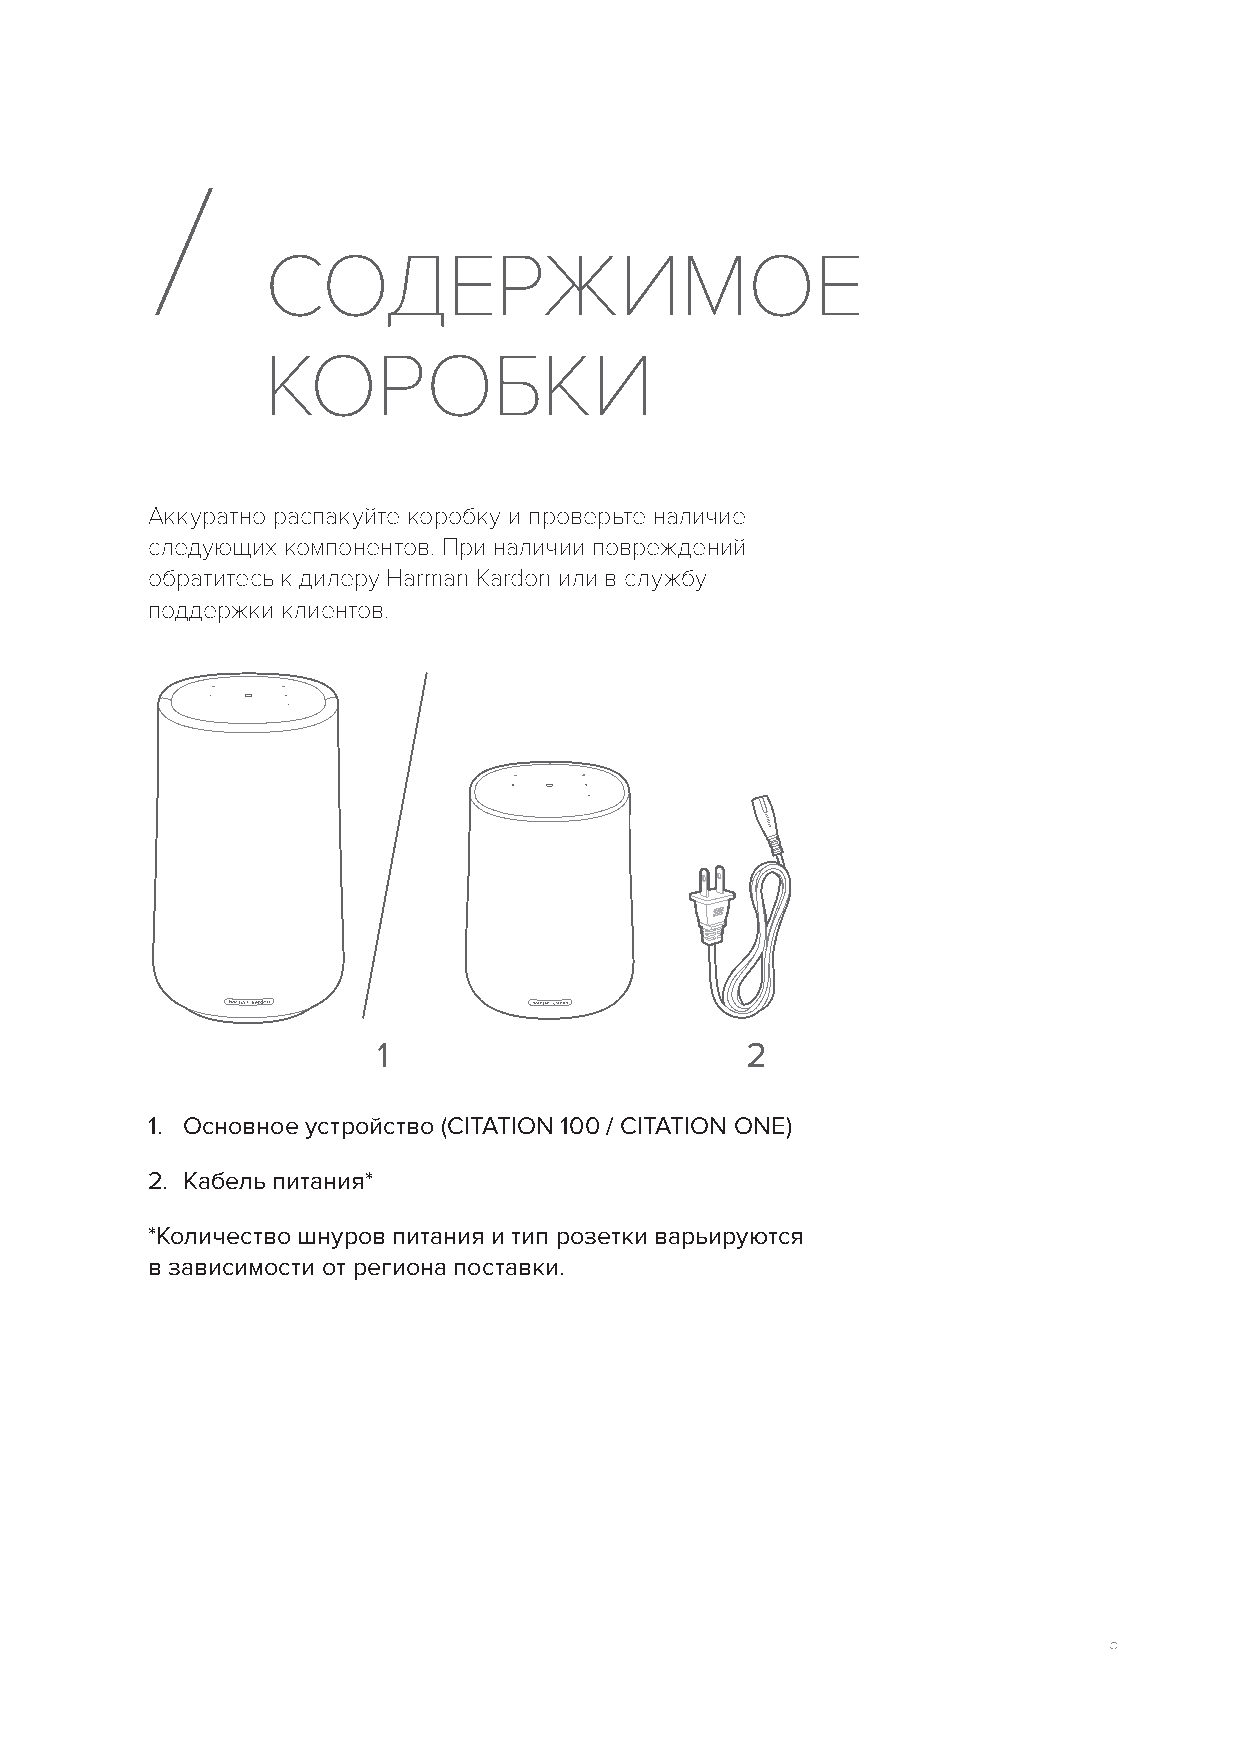
/
 СОДЕРЖИМОЕ
 КОРОБКИ
 Аккуратно распакуйте коробку и проверьте наличие
 следующих компонентов. При наличии повреждений
 обратитесь к дилеру Harman Kardon или в службу
 поддержки клиентов.
 1                       2
 1. Основное устройство (CITATION 100 / CITATION ONE)
 2. Кабель питания*
 *Количество шнуров питания и тип розетки варьируются
 в зависимости от региона поставки.
 5